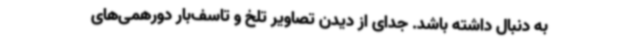
به دنبال داشته باشد. جدای از دیدن تصاویر تلخ و تاسف‌بار دورهمی‌های